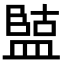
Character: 𭾏